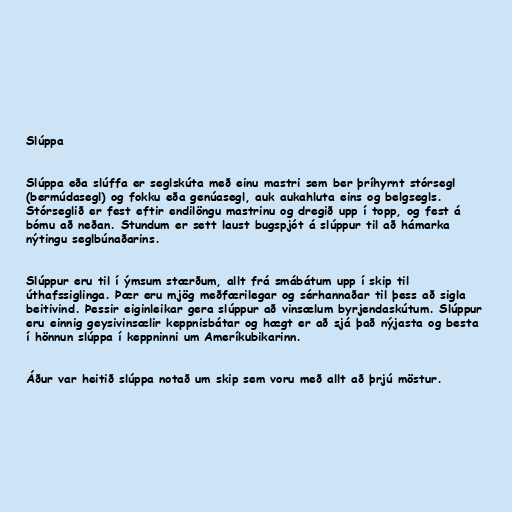
Slúppa

Slúppa eða slúffa er seglskúta með einu mastri sem ber þríhyrnt stórsegl
(bermúdasegl) og fokku eða genúasegl, auk aukahluta eins og belgsegls.
Stórseglið er fest eftir endilöngu mastrinu og dregið upp í topp, og fest á
bómu að neðan. Stundum er sett laust bugspjót á slúppur til að hámarka
nýtingu seglbúnaðarins.

Slúppur eru til í ýmsum stærðum, allt frá smábátum upp í skip til
úthafssiglinga. Þær eru mjög meðfærilegar og sérhannaðar til þess að sigla
beitivind. Þessir eiginleikar gera slúppur að vinsælum byrjendaskútum. Slúppur
eru einnig geysivinsælir keppnisbátar og hægt er að sjá það nýjasta og besta
í hönnun slúppa í keppninni um Ameríkubikarinn.

Áður var heitið slúppa notað um skip sem voru með allt að þrjú möstur.